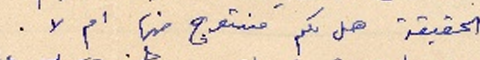
الحقيقة هل لكم منتوج منها ام لا.